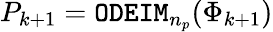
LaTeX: P_{k+1}={\tt ODEIM}_{n_{p}}(\Phi_{k+1})